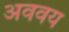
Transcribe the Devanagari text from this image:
अववय